NAE_ERA_R-1665_Eesti_Kunstnike_Liit, lk 98
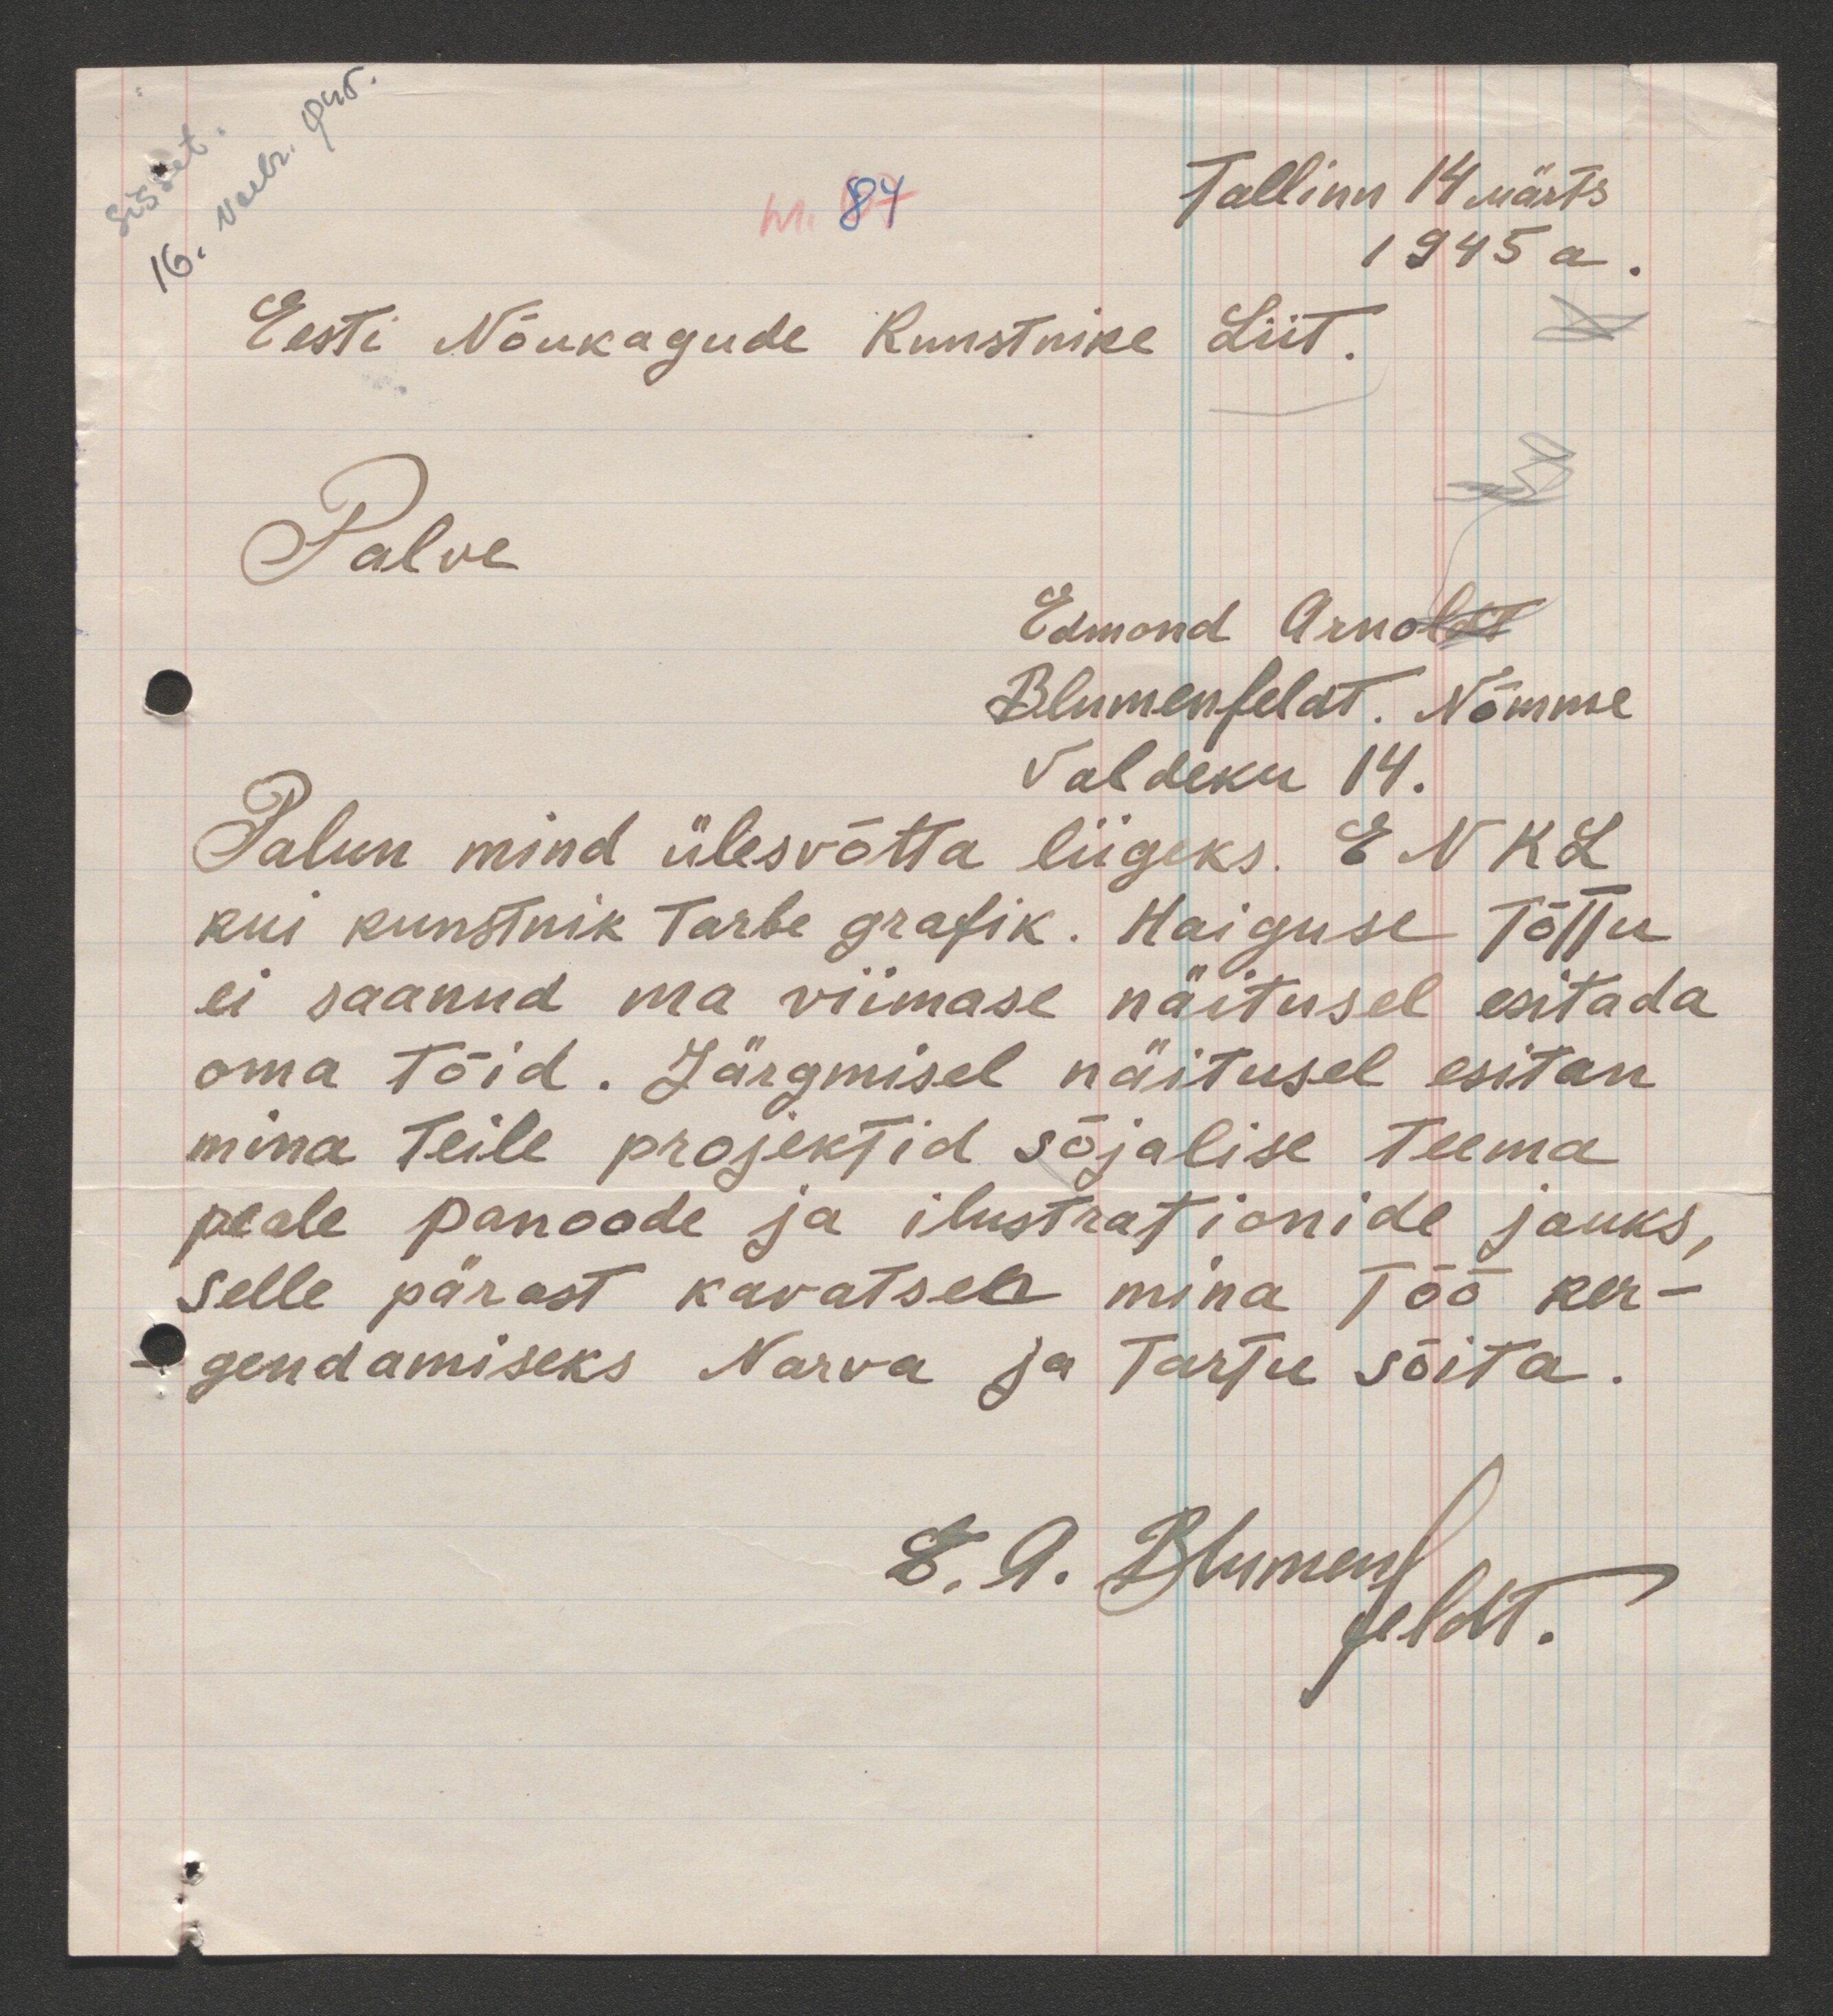
sisset.
16. veebr.1945.
nr. 84
Tallinn 14 Märts
1945 a.
Eesti Nõukogude Kunstnike Liit.
Palve
Edmond Arnoldt
Blumenfeldt. Nõmme
Valdeku 14.
Palun mind ülesvõtta liigeks. ENKL
kui kunstnik tarbe grafik. Haiguse tõttu
ei saanud ma viimase näitusel esitada
oma töid. Järgmisel näitusel esitan
mina teile projektid sõjalise teema
peale panoode ja ilustrationide jauks,
selle pärast kavatsen mina töö ker-
gendamiseks Narva ja Tartu sõita.
E.A. Blumenfeldt.